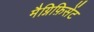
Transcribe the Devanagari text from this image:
मैग्निफ़िसेंट